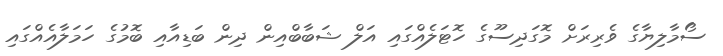
ސޯމާލިޔާގެ ވެރިރަށް މޮގަދިސޫގެ ހޮޓަލެއްގައި އަލް ޝަބާބްއިން ދިން ބަޑިއާއި ބޮމުގެ ހަމަލާއެއްގައި